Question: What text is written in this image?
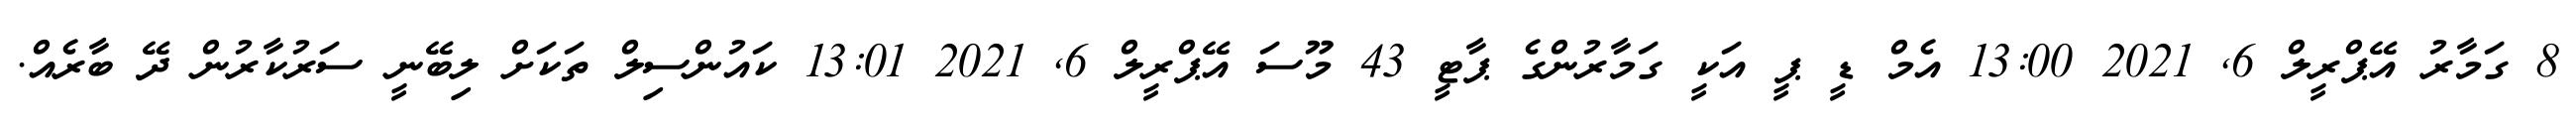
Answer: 8 ގަމާރު އޭޕްރީލް 6, 2021 13:00 އެމް ޑީ ޕީ އަކީ ގަމާރުންގެ ޕާޓީ 43 މޫސަ އޭޕްރީލް 6, 2021 13:01 ކައުންސިލް ތަކަށް ލިބޭނީ ސަރުކާރުން ދޭ ބާރެއް.